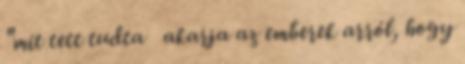
"mit tett tudta akarja az emberek arról, hogy